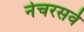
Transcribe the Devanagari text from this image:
नेचरसर्व